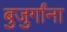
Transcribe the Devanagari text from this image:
बुजुर्गांना